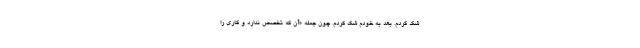
شک کردم. بعد به خودم شک کردم. چون جمله «آن که تخصص ندارد و کاری را